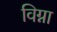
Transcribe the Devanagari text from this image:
विग्ना